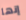
إنها